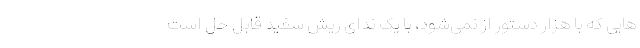
هایی که با هزار دستور از نمی‌شود، با یک ندای ریش سفید قابل حل است